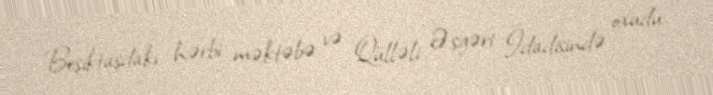
Beşiktaşdakı hərbi məktəbə və Qülləli Əsgəri İdadisində oxudu.